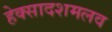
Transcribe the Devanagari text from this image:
हेक्सादशमलव